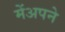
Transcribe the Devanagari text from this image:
मेंअपने